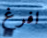
افرغ